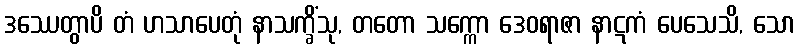
ဒဿေတွာပိ တံ ဟသာပေတုံ နာသက္ခိံသု, တတော သက္ကော ဒေဝရာဇာ နာဋကံ ပေသေသိ, သော